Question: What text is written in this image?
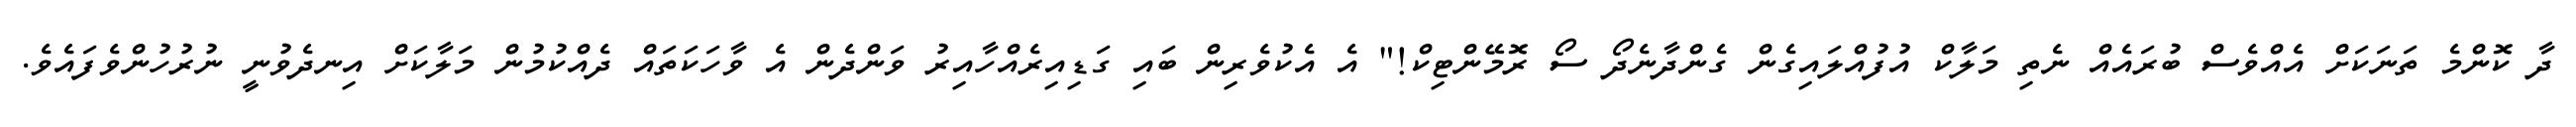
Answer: ދާ ކޮންމެ ތަނަކަށް އެއްވެސް ބުރައެއް ނެތި މަލާކް އުފުއްލައިގެން ގެންދާނެދޯ ސޯ ރޮމޭންޓިކް!" އެ އެކުވެރިން ބައި ގަޑިއިރެއްހާއިރު ވަންދެން އެ ވާހަކަތައް ދެއްކުމުން މަލާކަށް އިނދެވުނީ ނުރުހުންވެފައެވެ.